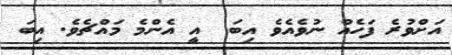
އަށްވުރެ ފަހެއް ނުވެއެވެ އިބަ  އީ އެންމެ މައްޗެވެ. އިބަ